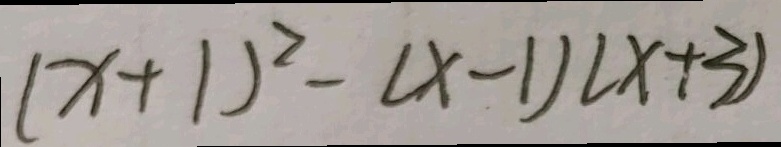
( x + 1 ) ^ { 2 } - ( x - 1 ) ( x + 3 )